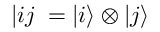
| i j \rrangle = | i \rangle \otimes | j \rangle